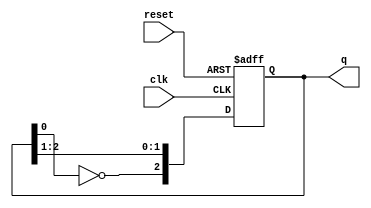
module johnson_counter (
    input wire clk,          // Clock input
    input wire reset,        // Asynchronous reset
    output reg [2:0] q       // 3-bit output representing the current state
);

// State register (3 D flip-flops)
reg [2:0] state;

// Asynchronous reset and state transition on the rising edge of the clock
always @(posedge clk or posedge reset) begin
    if (reset) begin
        state <= 3'b000; // Reset state to 000
    end else begin
        // Johnson counter logic
        state[2] <= ~state[0]; // Feedback inverted output of the last flip-flop
        state[1] <= state[2];   // Shift the state
        state[0] <= state[1];   // Shift the state
    end
end

// Output logic (Moore machine)
always @(state) begin
    q = state; // Output is the current state
end

endmodule